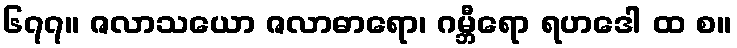
၆၇၇။ ဇလာသယော ဇလာဓာရော၊ ဂမ္ဘီရော ရဟဒေါ ထ စ။